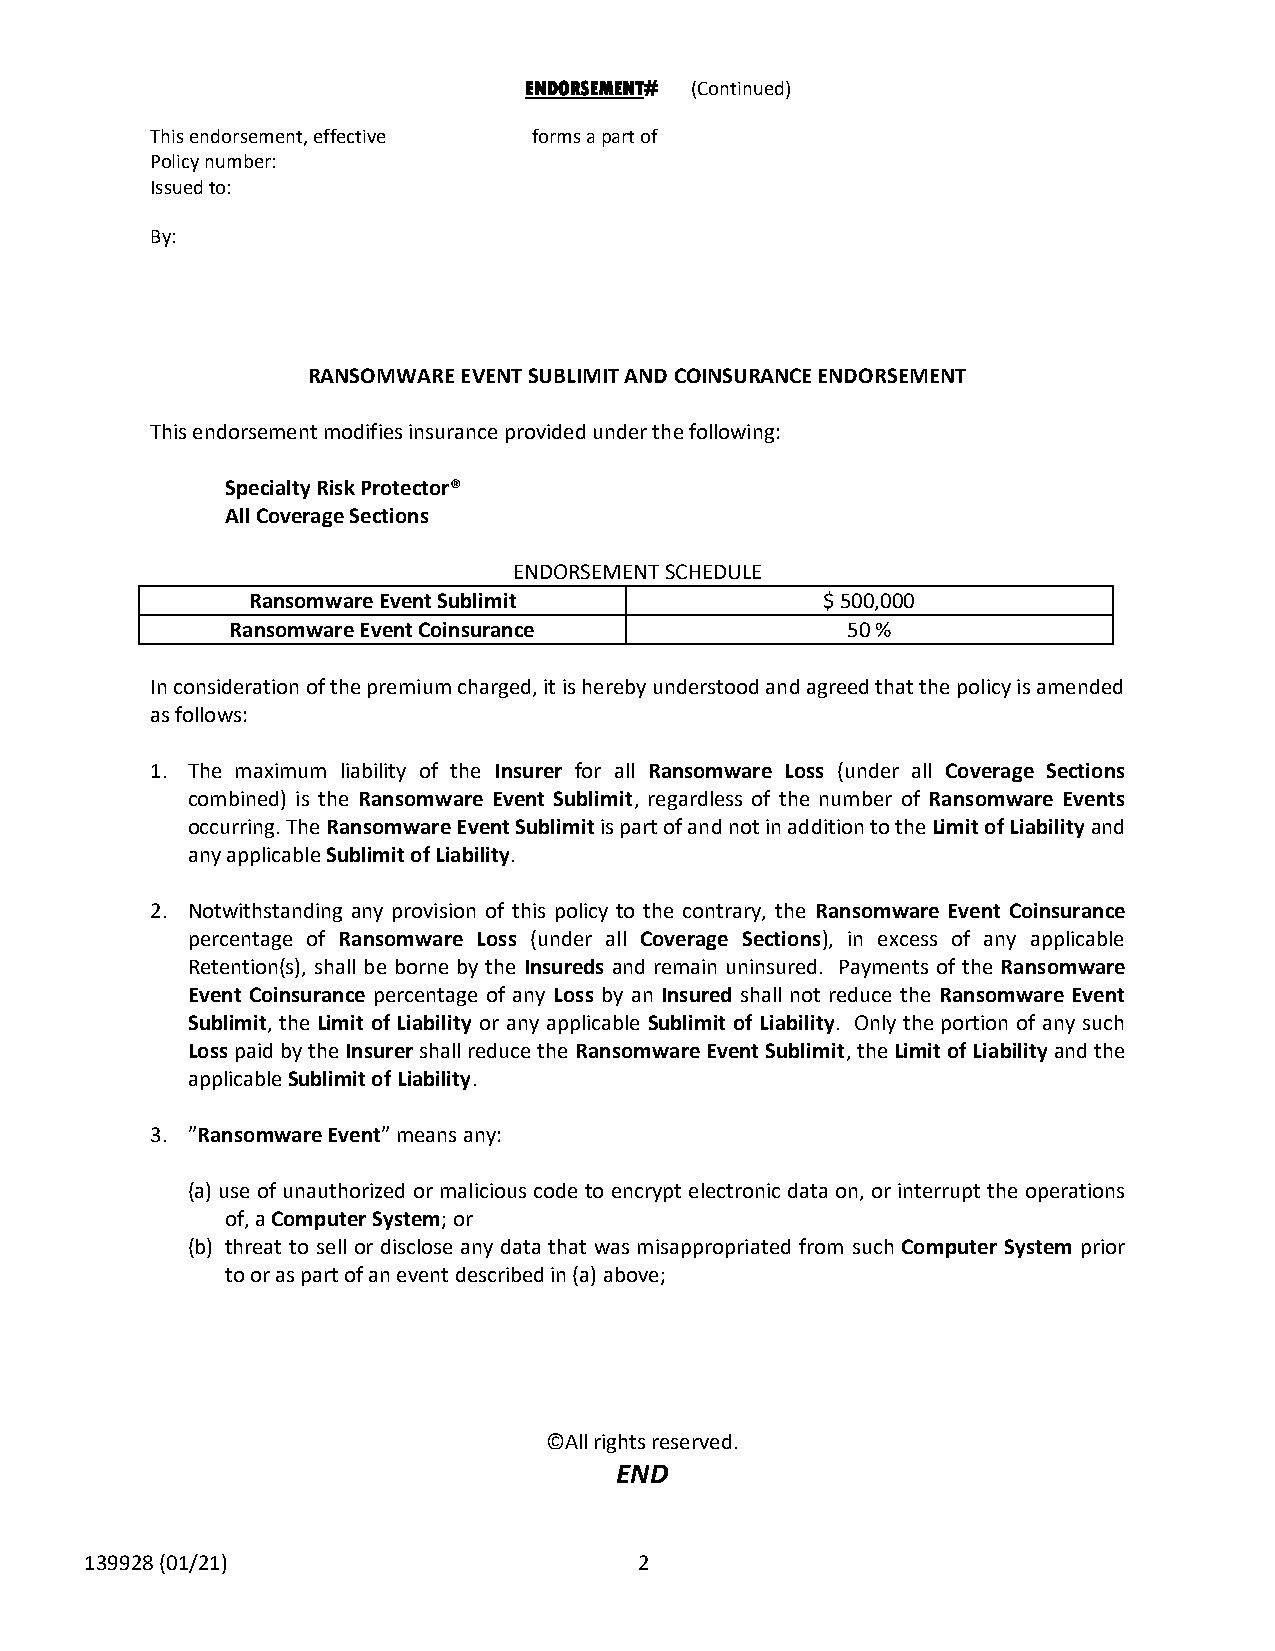
ENDORSEMENT# (Continued)
 This endorsement, effective forms a part of
 Policy number:
 Issued to:
 By:
 RANSOMWARE EVENT SUBLIMIT AND COINSURANCE ENDORSEMENT
 This endorsement modifies insurance provided under the following:
 Specialty Risk Protector®
 All Coverage Sections
 ENDORSEMENT SCHEDULE
 Ransomware Event Sublimit              $ 500,000
 Ransomware Event Coinsurance             50 %
 In consideration of the premium charged, it is hereby understood and agreed that the policy is amended
 as follows:
 1. The maximum liability of the Insurer for all Ransomware Loss (under all Coverage Sections
 combined) is the Ransomware Event Sublimit, regardless of the number of Ransomware Events
 occurring. The Ransomware Event Sublimit is part of and not in addition to the Limit of Liability and
 any applicable Sublimit of Liability.
 2. Notwithstanding any provision of this policy to the contrary, the Ransomware Event Coinsurance
 percentage of Ransomware Loss (under all Coverage Sections), in excess of any applicable
 Retention(s), shall be borne by the Insureds and remain uninsured. Payments of the Ransomware
 Event Coinsurance percentage of any Loss by an Insured shall not reduce the Ransomware Event
 Sublimit, the Limit of Liability or any applicable Sublimit of Liability. Only the portion of any such
 Loss paid by the Insurer shall reduce the Ransomware Event Sublimit, the Limit of Liability and the
 applicable Sublimit of Liability.
 3. ”Ransomware Event” means any:
 (a) use of unauthorized or malicious code to encrypt electronic data on, or interrupt the operations
 of, a Computer System; or
 (b) threat to sell or disclose any data that was misappropriated from such Computer System prior
 to or as part of an event described in (a) above;
 ©All rights reserved.
 END
 139928 (01/21)                      2